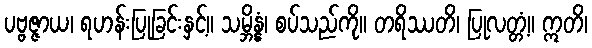
ပဗ္ဗဇ္ဇာယ၊ ရဟန်းပြုခြင်းနှင့်။ သမ္ဘိန္နံ၊ စပ်သည်ကို။ တရိဿတိ၊ ပြုလတ္တံ့။ ဣတိ၊